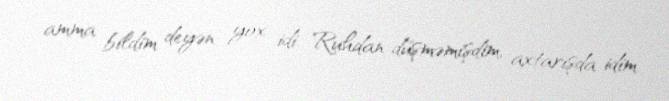
amma bildim deyən yox idi. Ruhdan düşməmişdim, axtarışda idim.